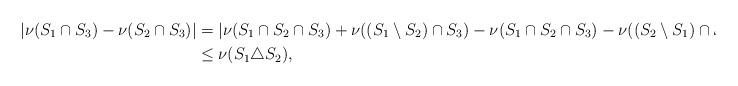
LaTeX: \begin{align*} |\nu(S_1 \cap S_3) - \nu(S_2 \cap S_3)| &= |\nu(S_1 \cap S_2 \cap S_3) + \nu((S_1 \setminus S_2) \cap S_3) - \nu(S_1 \cap S_2 \cap S_3) - \nu((S_2 \setminus S_1) \cap S_3)| \\& \leq \nu(S_1 \triangle S_2),\end{align*}